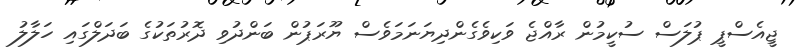
ޖީއެސްޕީ ޕުލަސް ސުކީމުން ރާއްޖެ ވަކިވެގެންދިޔަނަމަވެސް ޔޫރަޕުން ބަންދުވި ދޮރުތަކުގެ ބަދަލްގައި ހަލާލު